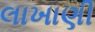
લાખાણી